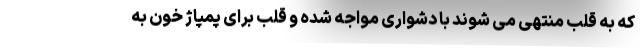
که به قلب منتهی می شوند با دشواری مواجه شده و قلب برای پمپاژ خون به